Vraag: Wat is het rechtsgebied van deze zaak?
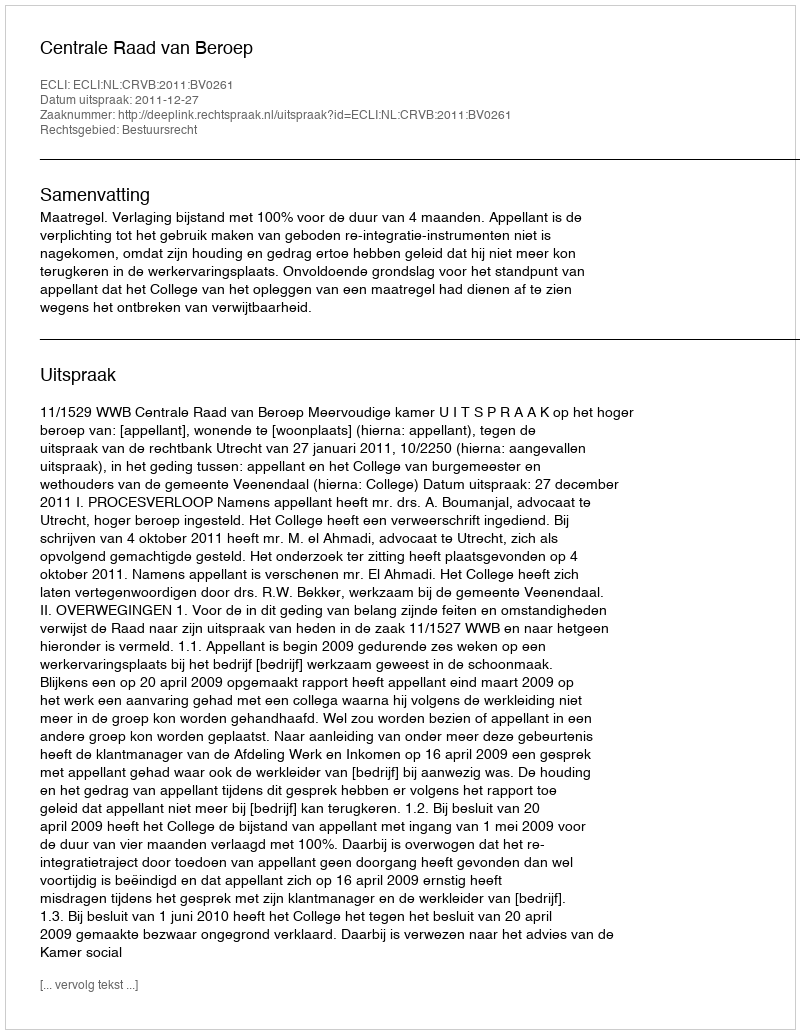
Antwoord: Bestuursrecht